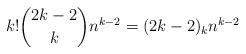
LaTeX: \begin{align*}k!\binom{2k-2}kn^{k-2}=(2k-2)_kn^{k-2}\end{align*}